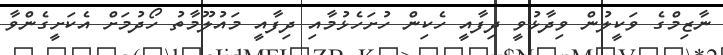
ނާޒިމްގެ ވަކީލުން ވިދާޅުވީ ދިފާއީ ހެކިން ހުށަހެޅުމާއި ދިފާއީ މައުލޫމާތު ހޯދުމަށް އެކަށީގެންވާ